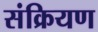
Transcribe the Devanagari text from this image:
संक्रियण